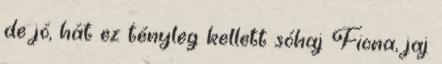
de jó, hát ez tényleg kellett sóhaj Fiona, jaj